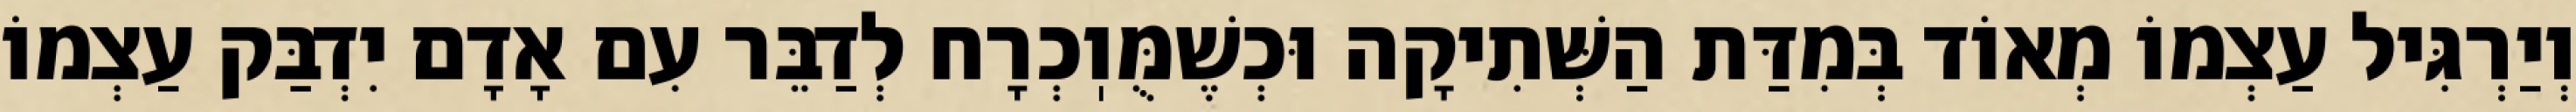
וְיַרְגִּיל עַצְמוֹ מְאוֹד בְּמִדַּת הַשְּׁתִיקָה וּכְשֶׁמֻּוֽכְרָח לְדַבֵּר עִם אָדָם יִדְבַּק עַצְמוֹ